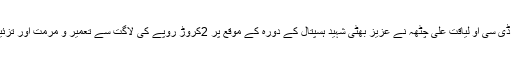
کمشنر گوجرانوالہ عامر جان اور ڈی سی او لیاقت علی چٹھہ نے عزیز بھٹی شہید ہسپتال کے دورہ کے موقع پر 2کروڑ روپے کی لاگت سے تعمیر و مرمت اور تزئین وآرائش کے کاموںکا جائزہ لیا۔